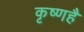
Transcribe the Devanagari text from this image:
कृष्णहै